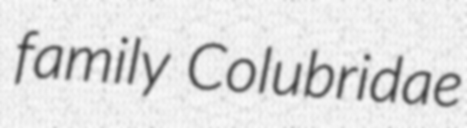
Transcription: family Colubridae